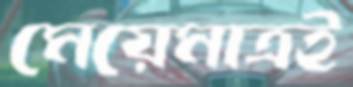
মেয়েমাত্রই